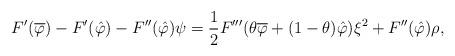
LaTeX: \begin{align*} F'(\overline{\varphi}) - F'(\hat{\varphi}) - F''(\hat{\varphi})\psi = \frac{1}{2}F'''(\theta\overline{\varphi} + (1-\theta)\hat{\varphi})\xi^2 + F''(\hat{\varphi})\rho,\end{align*}